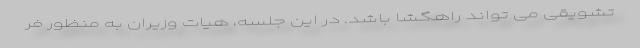
تشویقی می تواند راهگشا باشد. در این جلسه، هیات وزیران به منظور فر